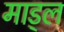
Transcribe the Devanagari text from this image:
माड्ल